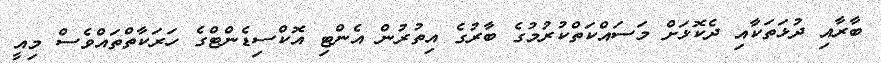
ބާރާއި ދުޅަތަކާއި ދެކޮޅަށް މަސައްކަތްކުރުމުގެ ބާރުގެ އިތުރުން އެންޓި އޮކްސިޑެންޓްގެ ހަރަކާތްތައްވެސް މިއީ